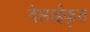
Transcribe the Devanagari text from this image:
देसाईकृत